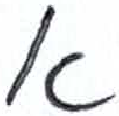
אות: א